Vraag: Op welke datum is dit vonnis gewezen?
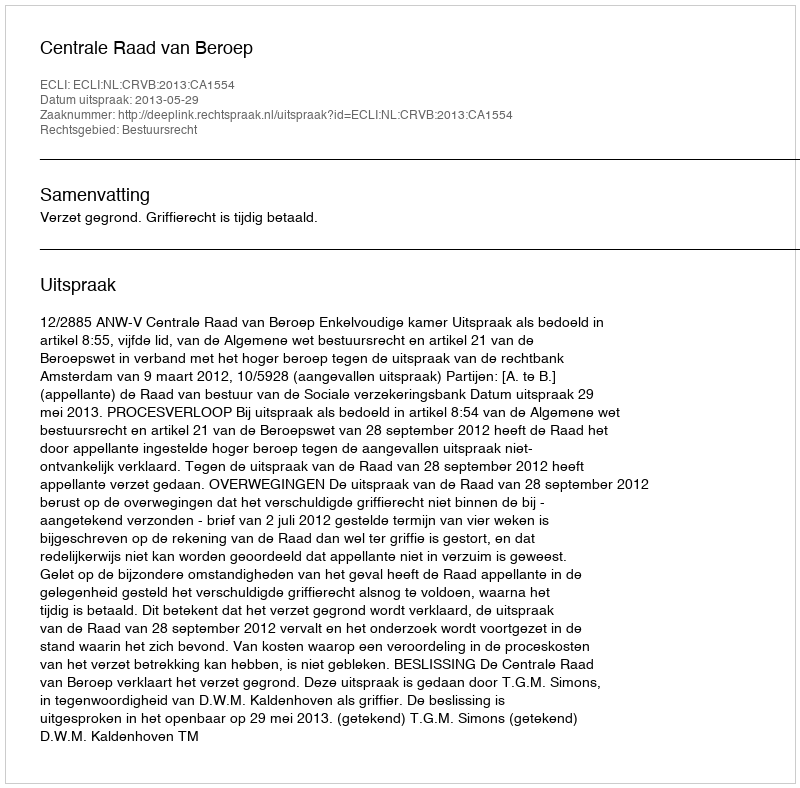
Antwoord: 2013-05-29